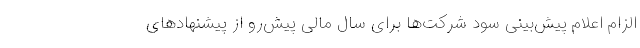
الزام اعلام پیش‌بینی سود شرکت‌ها برای سال مالی پیش‌رو از پیشنهادهای